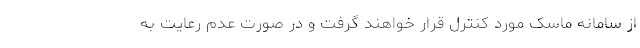
از سامانه ماسک مورد کنترل قرار خواهند گرفت و در صورت عدم رعایت به